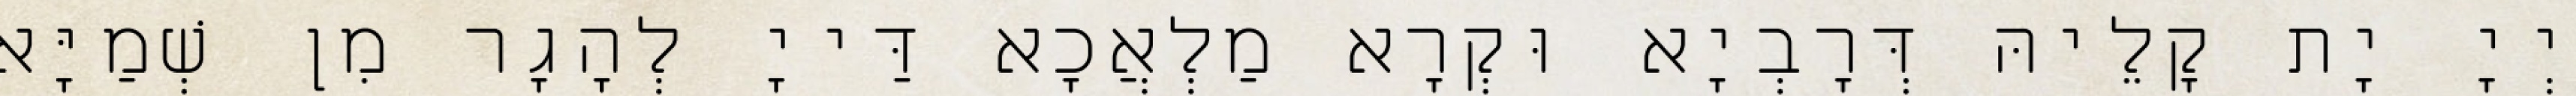
יְיָ יָת קָלֵיהּ דְּרָבְיָא וּקְרָא מַלְאֲכָא דַּייָ לְהָגָר מִן שְׁמַיָּא